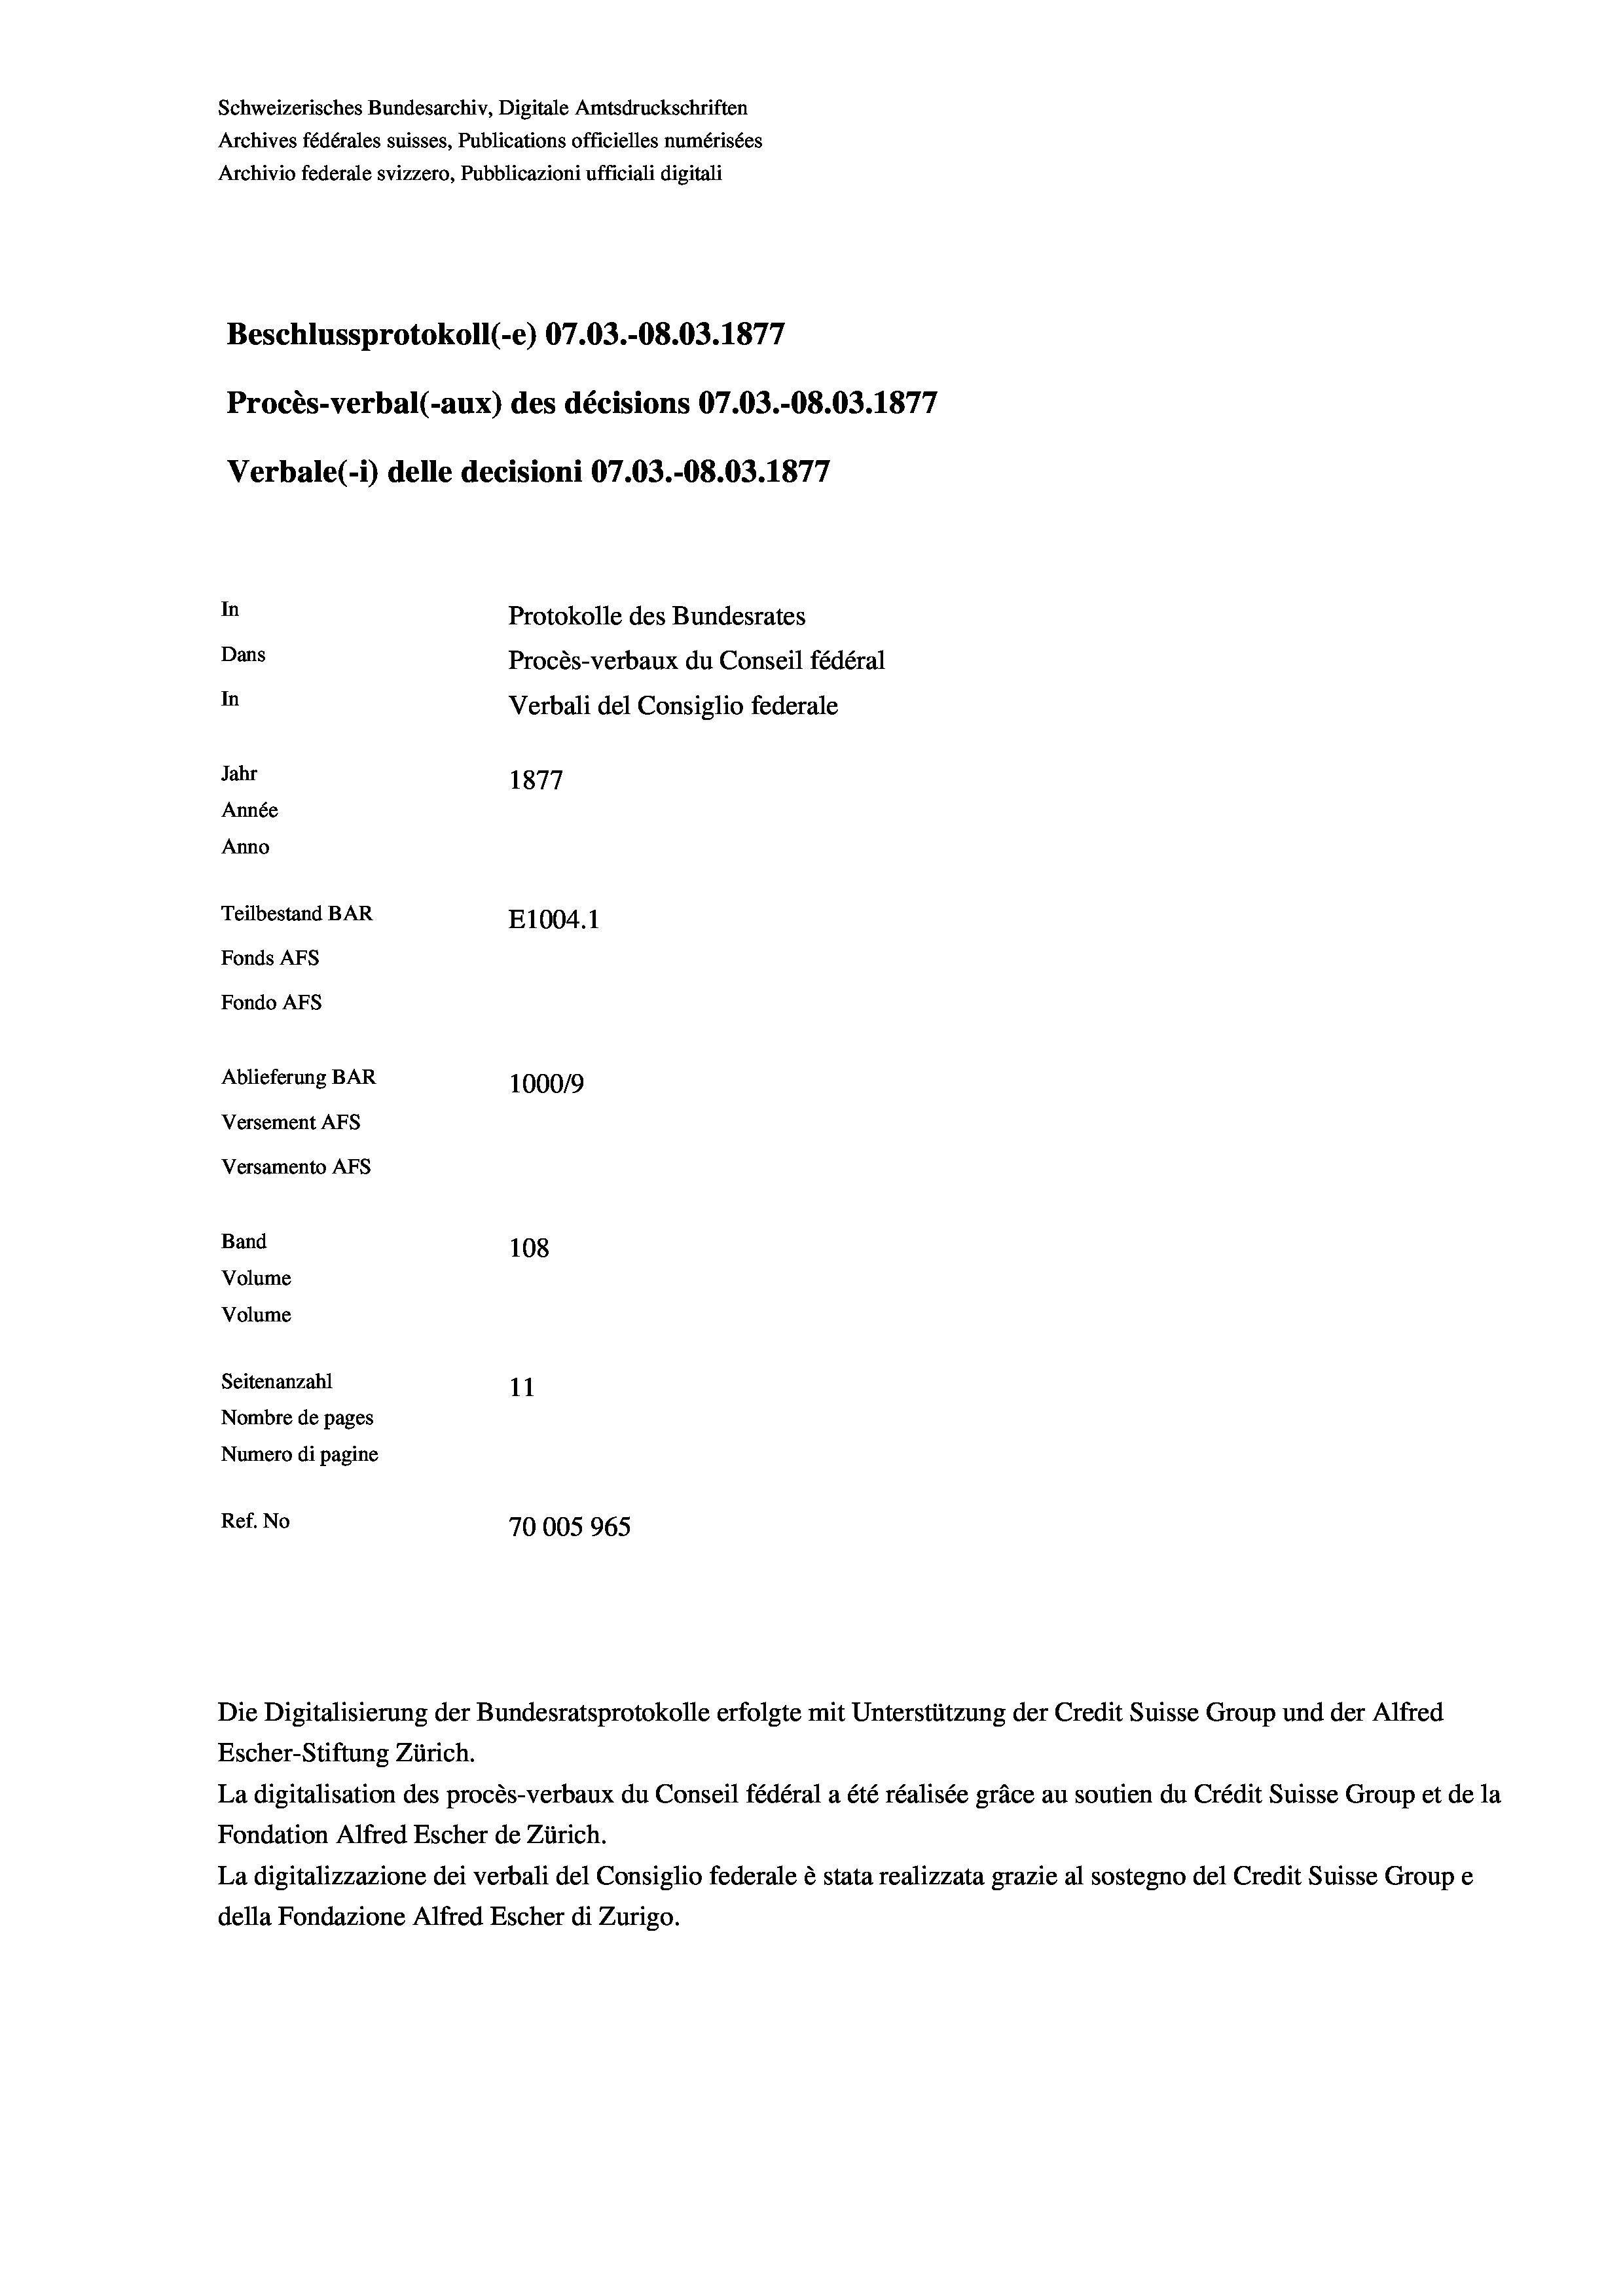
Schweizerisches Bundesarchiv, Digitale Amtsdruckschriften
Archives fédérales suisses, Publications officielles numérisées
Archivio federale svizzero, Pubblicazioni ufficiali digitali
Beschlussprotokoll (-e) 07.03.-08.03. 1877
Procès-verbal (-aux) des décisions 07.03.-O8.03. 1877
Verbale (- 1) delle decisioni 07.03.-O8.03. 1877
In
Protokolle des Bundesrates
Dans
Procès-verbaux du Conseil fédéral
In
Verbali del Consiglio federale
Jahr
1877
Année
Anno
Teilbestand BAR
E1004. 1
Fonds AFs
Fondo Afs
Ablieferung BAR
10009
Versement Ans
Versamento AFs

108
Seitenanzahl
11
Nombre de pages
Numero di pagine
Ref. No
70005965

Band
Volume

Volume

Escher-Stiftung Zürich.
La digitalisation des procès-verbaux du Conseil fédéral a été réalisée gräce au soutien du Crédit Suisse Group et de la
Fondation Alfred Escher de Zürich.
La digitalizzazione dei verbali del Consiglio federale è stata realizzata grazie al sostegno del Credit Suisse Groupe
della Fondazione Alfred Escher di Zurigo.

Die Digitalisierung der Bundesratsprotokolle erfolgte mit Unterstützung der Credit Suisse Group und der Alfred